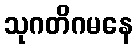
သုဂတိဂမနေ